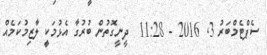
ސެޕްޓެމްބަރު 3